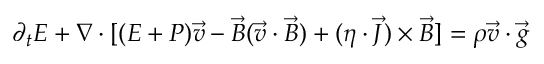
\partial _ { t } E + \nabla \cdot [ ( E + P ) \vec { v } - \vec { B } ( \vec { v } \cdot \vec { B } ) + ( \eta \cdot \vec { J } ) \times \vec { B } ] = \rho \vec { v } \cdot \vec { g }